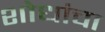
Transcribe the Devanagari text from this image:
शोधांचा